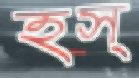
হস্